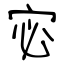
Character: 宓